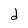
Character: d